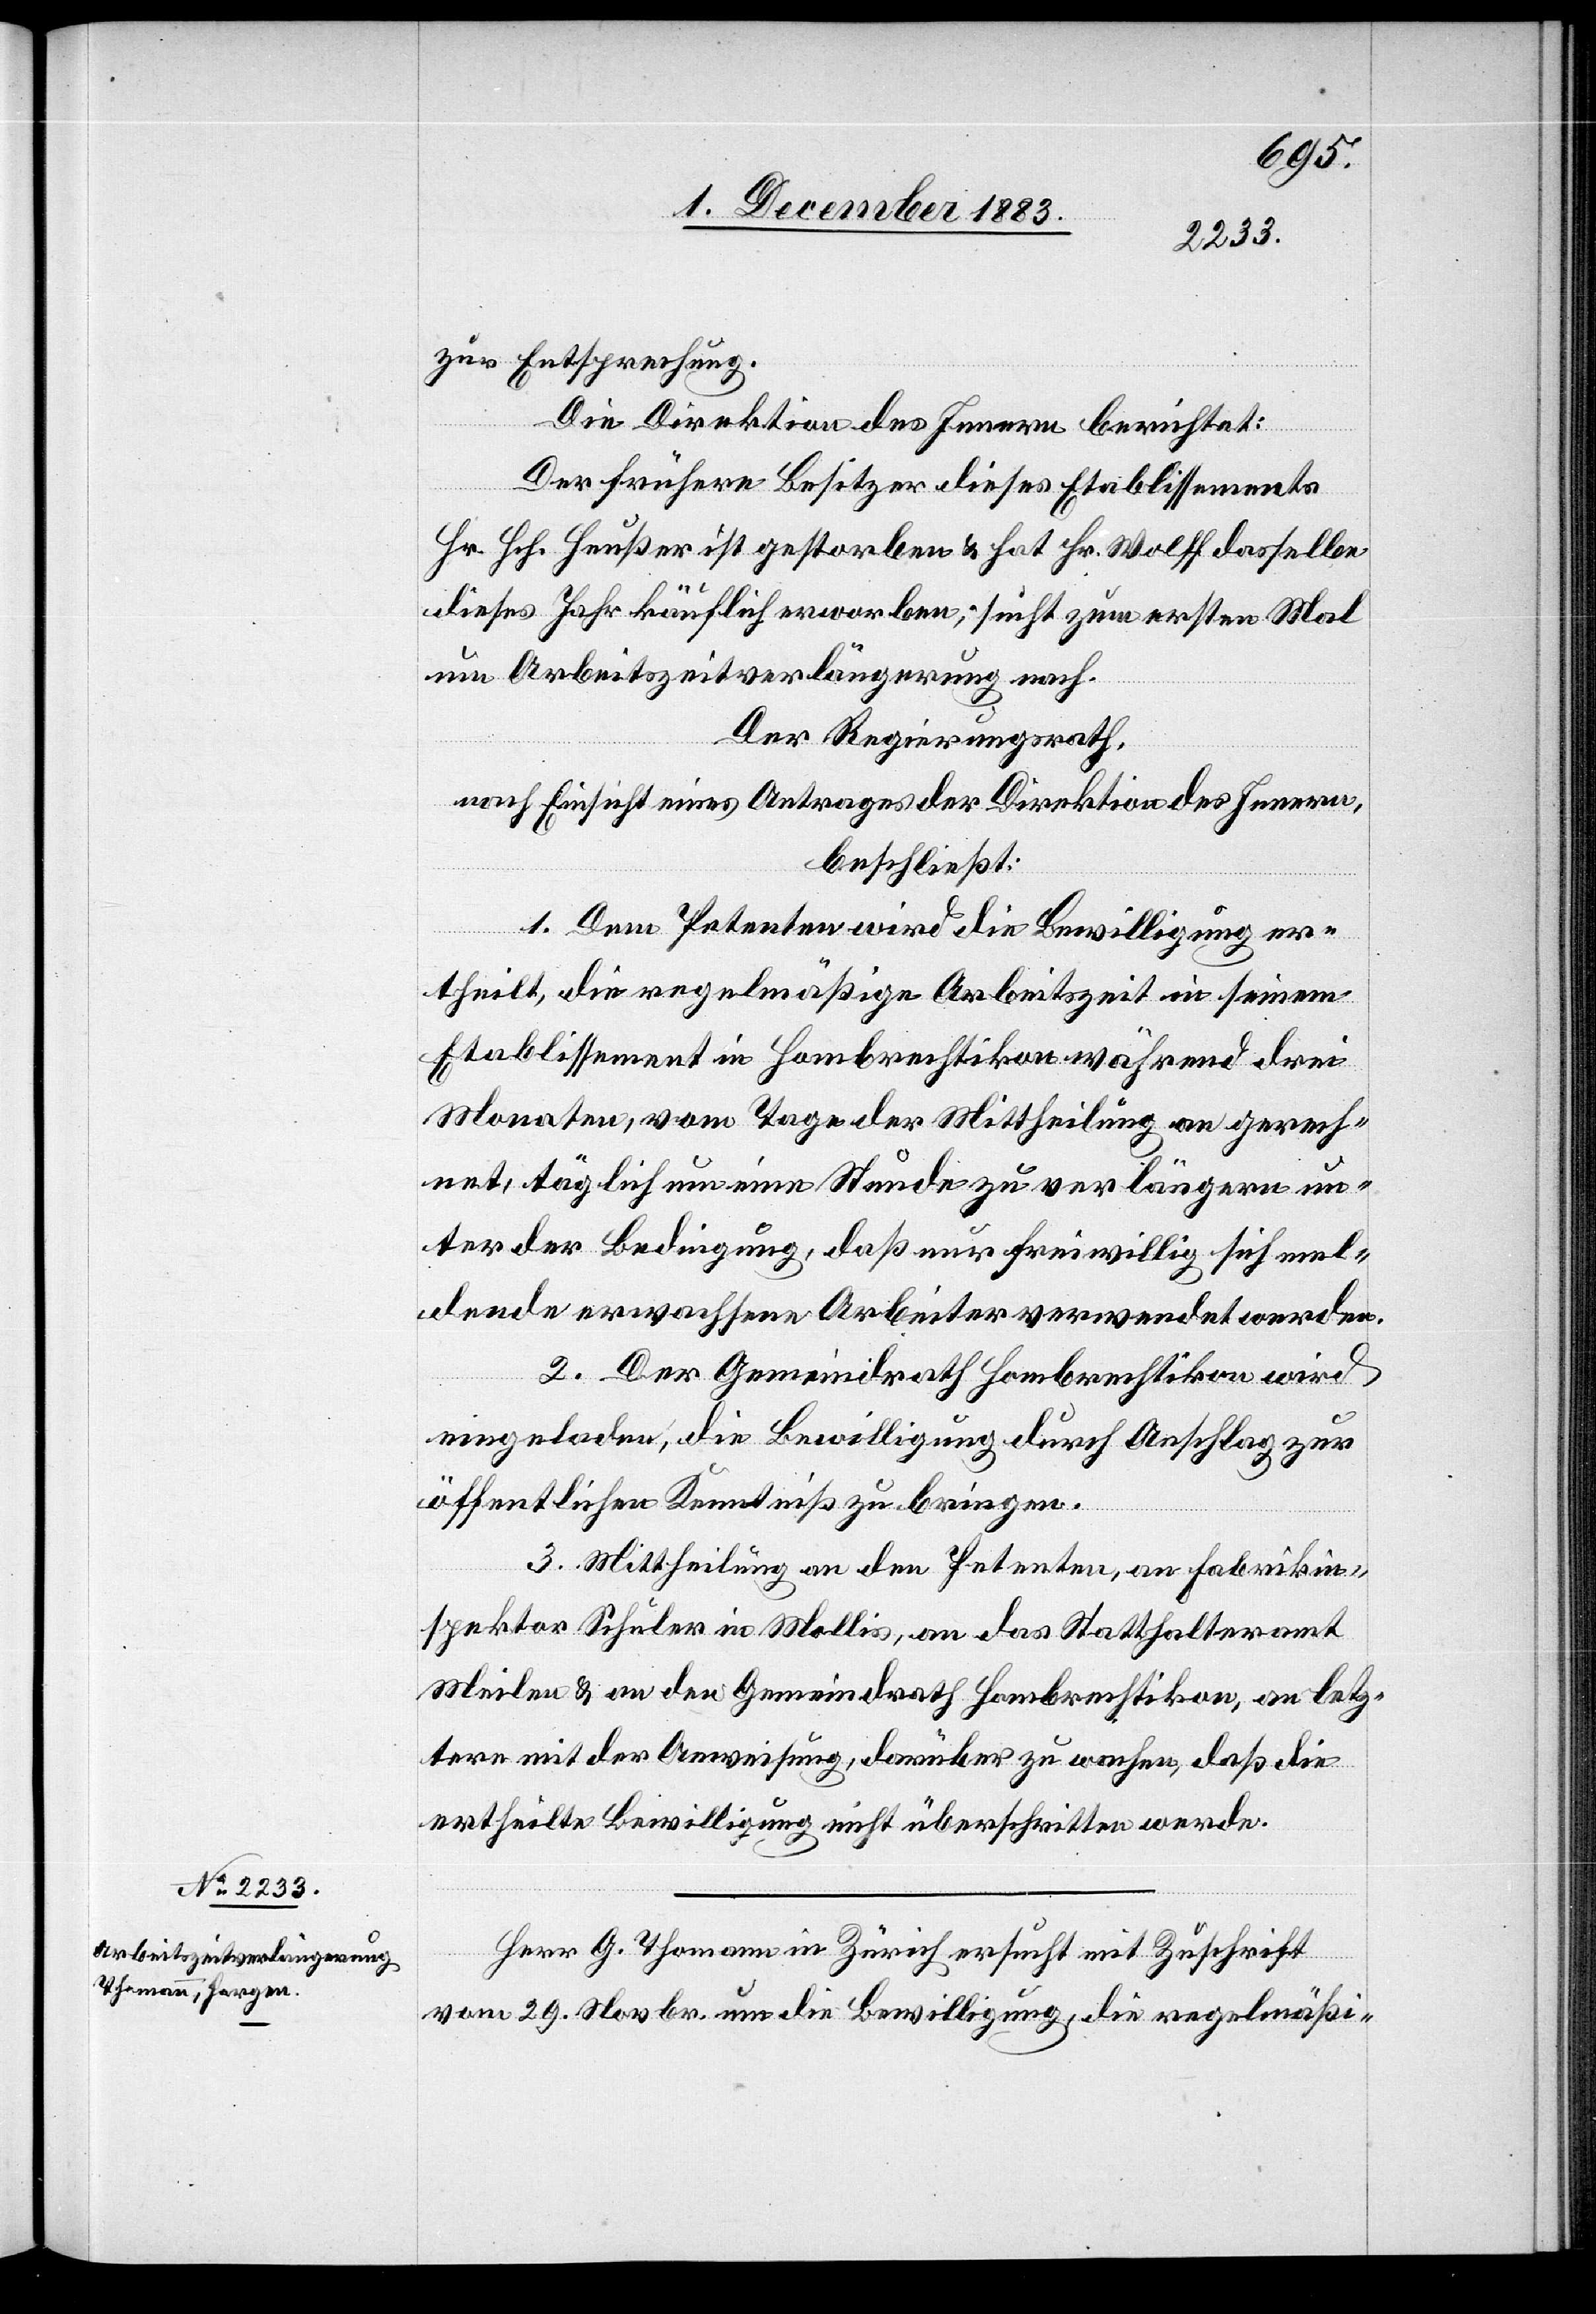
7. December 1883.]
zur Entsprechung.
Die Direktion des Innern berichtet:
Der frühere Besitzer dieses Etablissements
Hr. Hch. Heußer ist gestorben & hat Hr. Wolff dasselbe
dieses Jahr käuflich erworben; sucht zum ersten Mal
um Arbeitszeitverlängerung nach.
Der Regierungsrath,
nach Einsicht eines Antrages der Direktion des Innern,
beschließt:
1. Dem Petenten wird die Bewilligung er¬
theilt, die regelmäßige Arbeitszeit in seinem
Etablissement in Hombrechtikon während drei
Monaten, vom Tage der Mittheilung an gerech¬
net, täglich um eine Stunde zu verlängern un¬
ter der Bedingung, daß nur freiwillig sich mel¬
dende erwachsene Arbeiter verwendet werden.
2. Der Gemeindrath Hombrechtikon wird
eingeladen, die Bewilligung durch Anschlag zur
öffentlichen Kenntniß zu bringen.
3. Mittheilung an den Petenten, an Fabrikin¬
spektor Schuler in Mollis, an das Statthalteramt
Meilen & an den Gemeindrath Hombrechtikon, an letz¬
tere mit der Anweisung, darüber zu wachen, daß die
ertheilte Bewilligung nicht überschritten werde.
Herr G. Thomann in Zürich ersucht mit Zuschrift
vom 29. Novbr. um die Bewilligung, die regelmäßi-